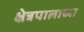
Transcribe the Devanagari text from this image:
क्षेत्रपालाच्या